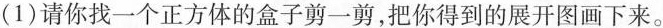
(1)请你找一个正方体的盒子剪一剪，把你得到的展开图画下来。